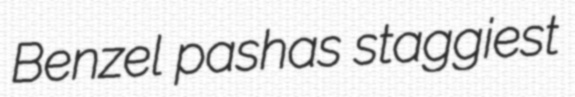
Benzel pashas staggiest